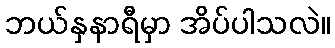
ဘယ်နှနာရီမှာ အိပ်ပါသလဲ။